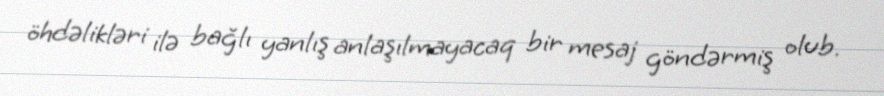
öhdəlikləri ilə bağlı yanlış anlaşılmayacaq bir mesaj göndərmiş olub.